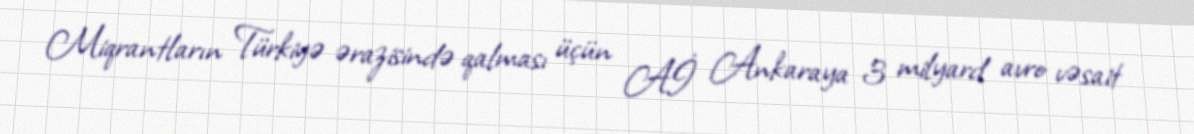
Miqrantların Türkiyə ərazisində qalması üçün Aİ Ankaraya 3 milyard avro vəsait